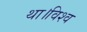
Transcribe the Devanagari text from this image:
था।विश्व